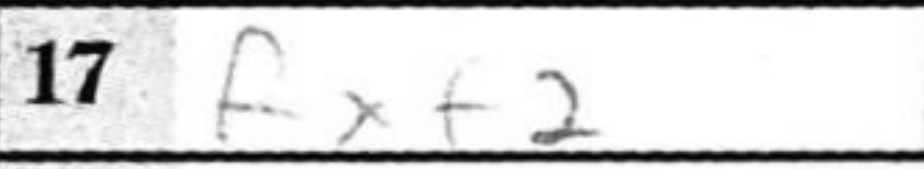
Transcription: Rxf2